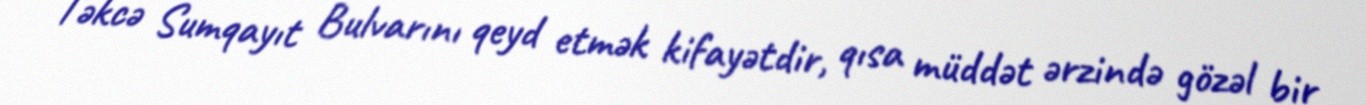
Təkcə Sumqayıt Bulvarını qeyd etmək kifayətdir, qısa müddət ərzində gözəl bir